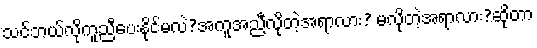
သင်ဘယ်လိုကူညီပေးနိုင်မလဲ?အကူအညီလိုတဲ့အရာလား? မလိုတဲ့အရာလား?ဆိုတာ